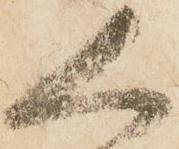
人